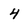
Character: 4